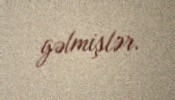
gəlmişlər.